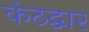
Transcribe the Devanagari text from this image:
कंठद्वार